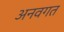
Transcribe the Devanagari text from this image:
अनवगत